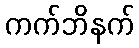
ကက်ဘိနက်